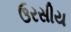
ઉરસીય